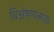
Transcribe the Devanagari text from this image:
विश्लेषणत्मक